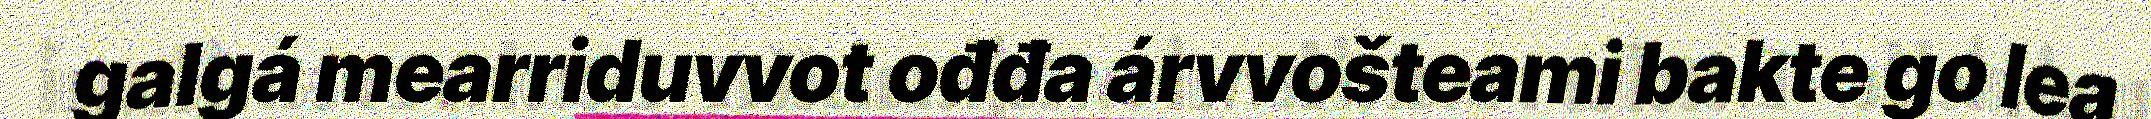
galgá mearriduvvot ođđa árvvošteami bakte go lea